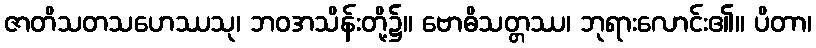
ဇာတိသတသဟေဿသု၊ ဘဝအသိန်းတို့၌။ ဗောဓိသတ္တဿ၊ ဘုရားလောင်း၏။ ပိတာ၊